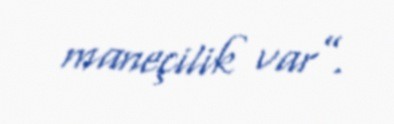
maneçilik var”.